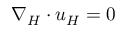
\nabla _ { H } \cdot u _ { H } = 0